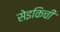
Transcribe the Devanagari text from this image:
सेइकिची